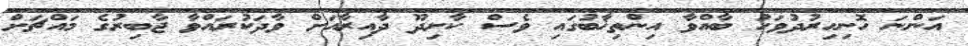
އަންނަ ހޮނިހިރުދުވަހު ބާއްވާ އިންތިޚާބުގައި ވެސް ކާށިދޫ ދާއިރާއަށް ވާދަކުރައްވާ ޖާބިރުގެ މައްޗަށް